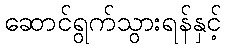
ဆောင်ရွက်သွားရန်နှင့်